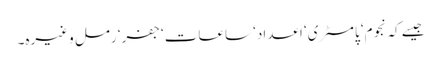
جیسے کہ نجوم‘ پامسٹری‘ اعداد‘ ساعات‘ جفر‘ رمل وغیرہ۔